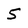
Character: 5